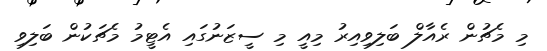
މި މެޗުން ރެއާލް ބަލިވިއިރު މިއީ މި ސީޒަނުގައި އެޓީމު މެޗަކުން ބަލިވި